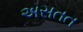
અસતત